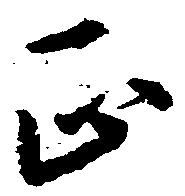
正